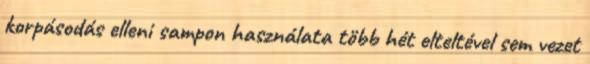
korpásodás elleni sampon használata több hét elteltével sem vezet